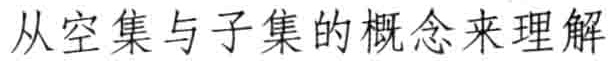
从空集与子集的概念来理解